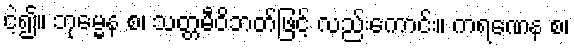
ငဲ့၍။ ဘုမ္မေန စ၊ သတ္တမီဝိဘတ်ဖြင့် လည်းကောင်း။ ကရဏေန စ၊